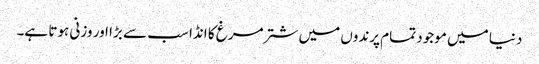
دنیا میں موجود تمام پرندوں میں شتر مرغ کا انڈا سب سے بڑا اور وزنی ہوتا ہے۔